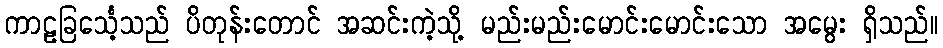
ကာဠခြင်္သေ့သည် ပိတုန်းတောင် အဆင်းကဲ့သို့ မည်းမည်းမောင်းမောင်းသော အမွေး ရှိသည်။